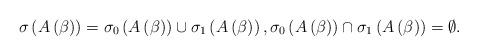
LaTeX: \begin{align*}\sigma\left( A\left( \beta\right) \right) =\sigma_{0}\left( A\left(\beta\right) \right) \cup\sigma_{1}\left( A\left( \beta\right) \right),\sigma_{0}\left( A\left( \beta\right) \right) \cap\sigma_{1}\left( A\left( \beta\right) \right) =\emptyset. \end{align*}